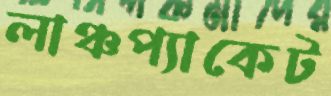
লাঞ্চপ্যাকেট